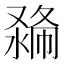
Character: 𠭽